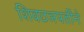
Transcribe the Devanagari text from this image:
शिवछञपतींने